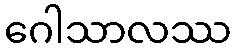
ဂေါသာလဿ